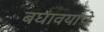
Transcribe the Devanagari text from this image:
बघावयाचे